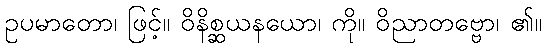
ဥပမာတော၊ ဖြင့်။ ဝိနိစ္ဆယနယော၊ ကို။ ဝိညာတဗ္ဗော၊ ၏။